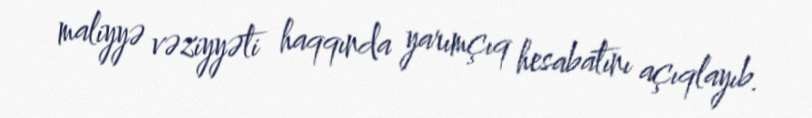
maliyyə vəziyyəti haqqında yarımçıq hesabatını açıqlayıb.